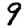
Digit: 9